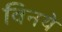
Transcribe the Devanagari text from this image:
विनये